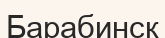
Барабинск